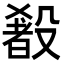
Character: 𬆰